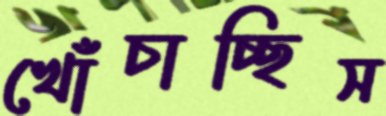
খোঁচাচ্ছিস